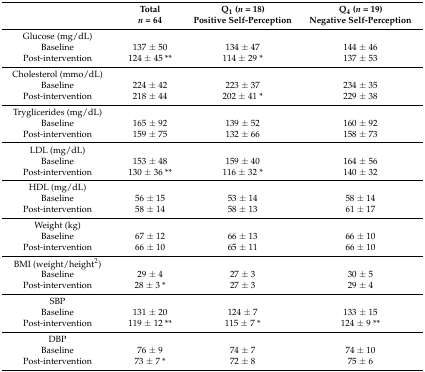
|  | Totaln = 64 | Q1 (n = 18)Positive Self-Perception | Q4 (n = 19)Negative Self-Perception |
 | --- | --- | --- | --- |
 | Glucose (mg/dL) |  |  |  |
 | Baseline | 137 ± 50 | 134 ± 47 | 144 ± 46 |
 | Post-intervention | 124 ± 45 ** | 114 ± 29 * | 137 ± 53 |
 | Cholesterol (mmo/dL) |  |  |  |
 | Baseline | 224 ± 42 | 223 ± 37 | 234 ± 35 |
 | Post-intervention | 218 ± 44 | 202 ± 41 * | 229 ± 38 |
 | Tryglicerides (mg/dL) |  |  |  |
 | Baseline | 165 ± 92 | 139 ± 52 | 160 ± 92 |
 | Post-intervention | 159 ± 75 | 132 ± 66 | 158 ± 73 |
 | LDL (mg/dL) |  |  |  |
 | Baseline | 153 ± 48 | 159 ± 40 | 164 ± 56 |
 | Post-intervention | 130 ± 36 ** | 116 ± 32 * | 140 ± 32 |
 | HDL (mg/dL) |  |  |  |
 | Baseline | 56 ± 15 | 53 ± 14 | 58 ± 14 |
 | Post-intervention | 58 ± 14 | 58 ± 13 | 61 ± 17 |
 | Weight (kg) |  |  |  |
 | Baseline | 67 ± 12 | 66 ± 13 | 66 ± 10 |
 | Post-intervention | 66 ± 10 | 65 ± 11 | 66 ± 10 |
 | BMI (weight/height2) |  |  |  |
 | Baseline | 29 ± 4 | 27 ± 3 | 30 ± 5 |
 | Post-intervention | 28 ± 3 * | 27 ± 3 | 29 ± 4 |
 | SBP |  |  |  |
 | Baseline | 131 ± 20 | 124 ± 7 | 133 ± 15 |
 | Post-intervention | 119 ± 12 ** | 115 ± 7 * | 124 ± 9 ** |
 | DBP |  |  |  |
 | Baseline | 76 ± 9 | 74 ± 7 | 74 ± 10 |
 | Post-intervention | 73 ± 7 * | 72 ± 8 | 75 ± 6 |